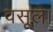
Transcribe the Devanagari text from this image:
वसूले।